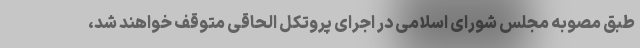
طبق مصوبه مجلس شورای اسلامی در اجرای پروتکل الحاقی متوقف خواهند شد،